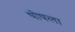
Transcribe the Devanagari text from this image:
षोषला